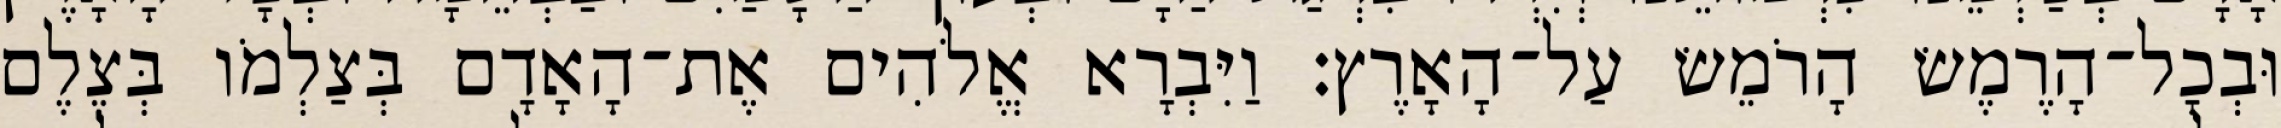
וּבְכָל־הָרֶמֶשׂ הָרֹמֵשׂ עַל־הָאָרֶץ׃ וַיִּבְרָא אֱלֹהִים אֶת־הָאָדָם בְּצַלְמֹו בְּצֶלֶם